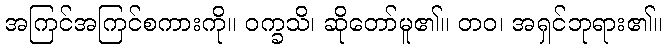
အကြင်အကြင်စကားကို။ ဝက္ခသိ၊ ဆိုတော်မူ၏။ တဝ၊ အရှင်ဘုရား၏။